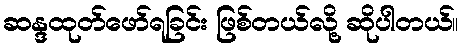
ဆန္ဒထုတ်ဖော်ရခြင်း ဖြစ်တယ်လို့ ဆိုပါတယ်။